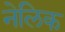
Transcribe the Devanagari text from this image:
नेलिक